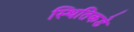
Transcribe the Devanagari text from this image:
स्थितिकडे